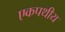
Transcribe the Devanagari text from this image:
एकपथीय